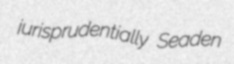
jurisprudentially Seaden